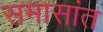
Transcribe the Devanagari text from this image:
समासांत